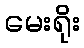
မေးရိုး